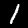
Label: 1